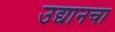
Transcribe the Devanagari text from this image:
उद्यानचा